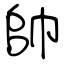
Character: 帥